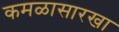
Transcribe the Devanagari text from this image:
कमळासारखा